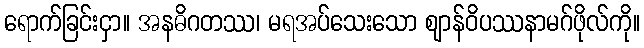
ရောက်ခြင်းငှာ။ အနဓိဂတဿ၊ မရအပ်သေးသော ဈာန်ဝိပဿနာမဂ်ဖိုလ်ကို။